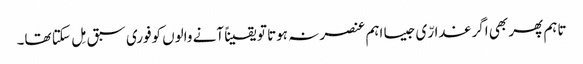
تاہم پھر بھی اگر غدارّی جیسا اہم عنصر نہ ہوتا تو یقیناً آنے والوں کوفوری سبق مِل سکتا تھا۔